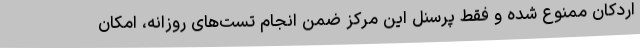
اردکان ممنوع شده و فقط پرسنل این مرکز ضمن انجام تست‌های روزانه، امکان